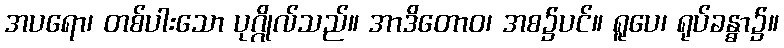
အပရော၊ တစ်ပါးသော ပုဂ္ဂိုလ်သည်။ အာဒိတောဝ၊ အစ၌ပင်။ ရူပေ၊ ရုပ်ခန္ဓာ၌။